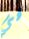
في